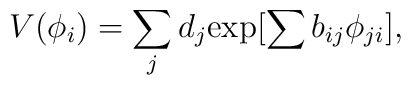
V(\phi_i) = \sum_{j} d_j {\exp [\sum b_{ij} \phi_{ji}]},